Indian journal of veterinary science and animal husbandry - Volume 12,
Year: 1942
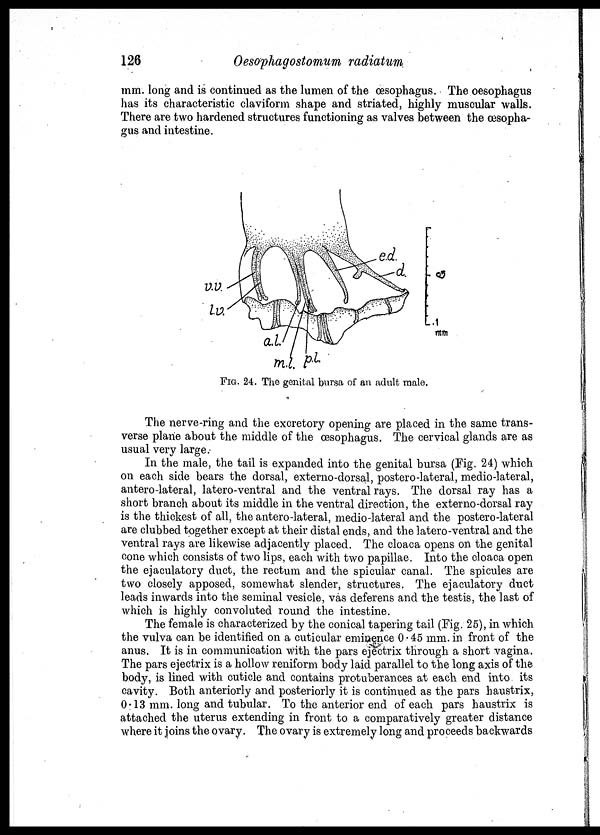
126
Oesophagostomum radiatum
mm. long and is continued as the lumen of the œsophagus. The œsophagus
has its characteristic claviform shape and striated, highly muscular walls.
There are two hardened structures functioning as valves between the œsopha-
gus and intestine.
FIG. 24. The genital bursa of an adult male.
The nerve-ring and the excretory opening are placed in the same trans-
verse plane about the middle of the œsophagus. The cervical glands are as
usual very large.
In the male, the tail is expanded into the genital bursa (Fig. 24) which
on each side bears the dorsal, externo-dorsal, postero-lateral, medio-lateral,
antero-lateral, latero-ventral and the ventral rays. The dorsal ray has a
short branch about its middle in the ventral direction, the externo-dorsal ray
is the thickest of all, the antero-lateral, medio-lateral and the postero-lateral
are clubbed together except at their distal ends, and the latero-ventral and the
ventral rays are likewise adjacently placed. The cloaca opens on the genital
cone which consists of two lips, each with two papillae. Into the cloaca open
the ejaculatory duct, the rectum and the spicular canal. The spicules are
two closely apposed, somewhat slender, structures. The ejaculatory duct
leads inwards into the seminal vesicle, vas deferens and the testis, the last of
which is highly convoluted round the intestine.
The female is characterized by the conical tapering tail (Fig. 25), in which
the vulva can be identified on a cuticular eminence 0.45 mm. in front of the
anus. It is in communication with the pars ejectrix through a short vagina.
The pars ejectrix is a hollow reniform body laid parallel to the long axis of the
body, is lined with cuticle and contains protuberances at each end into its
cavity. Both anteriorly and posteriorly it is continued as the pars haustrix,
0.13 mm. long and tubular. To the anterior end of each pars haustrix is
attached the uterus extending in front to a comparatively greater distance
where it joins the ovary. The ovary is extremely long and proceeds backwards